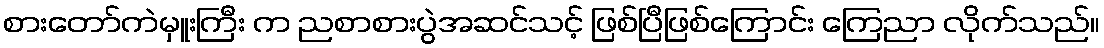
စားတော်ကဲမှူးကြီး က ညစာစားပွဲအဆင်သင့် ဖြစ်ပြီဖြစ်ကြောင်း ကြေညာ လိုက်သည်။